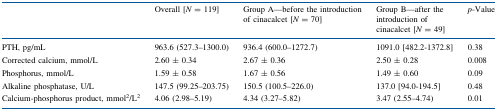
<table><thead><tr><td></td><td><b>Overall [<i>N</i> = 119]</b></td><td><b>Group A—before the introduction of cinacalcet [<i>N</i> = 70]</b></td><td><b>Group B—after the introduction of cinacalcet [<i>N</i> = 49]</b></td><td><b><i>p</i>-Value</b></td></tr></thead><tbody><tr><td>PTH, pg/mL</td><td>963.6 (527.3–1300.0)</td><td>936.4 (600.0–1272.7)</td><td>1091.0 [482.2-1372.8]</td><td>0.38</td></tr><tr><td>Corrected calcium, mmol/L</td><td>2.60 ± 0.34</td><td>2.67 ± 0.36</td><td>2.50 ± 0.28</td><td>0.008</td></tr><tr><td>Phosphorus, mmol/L</td><td>1.59 ± 0.58</td><td>1.67 ± 0.56</td><td>1.49 ± 0.60</td><td>0.09</td></tr><tr><td>Alkaline phosphatase, U/L</td><td>147.5 (99.25–203.75)</td><td>150.5 (100.5–226.0)</td><td>137.0 [94.0-194.5]</td><td>0.48</td></tr><tr><td>Calcium-phosphorus product, mmol<sup>2</sup>/L<sup>2</sup></td><td>4.06 (2.98–5.19)</td><td>4.34 (3.27–5.82)</td><td>3.47 (2.55–4.74)</td><td>0.01</td></tr></tbody></table>